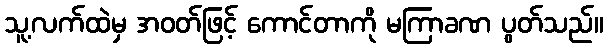
သူ့လက်ထဲမှ အဝတ်ဖြင့် ကောင်တာကို မကြာခဏ ပွတ်သည်။